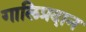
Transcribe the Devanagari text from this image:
गालिप्रदान